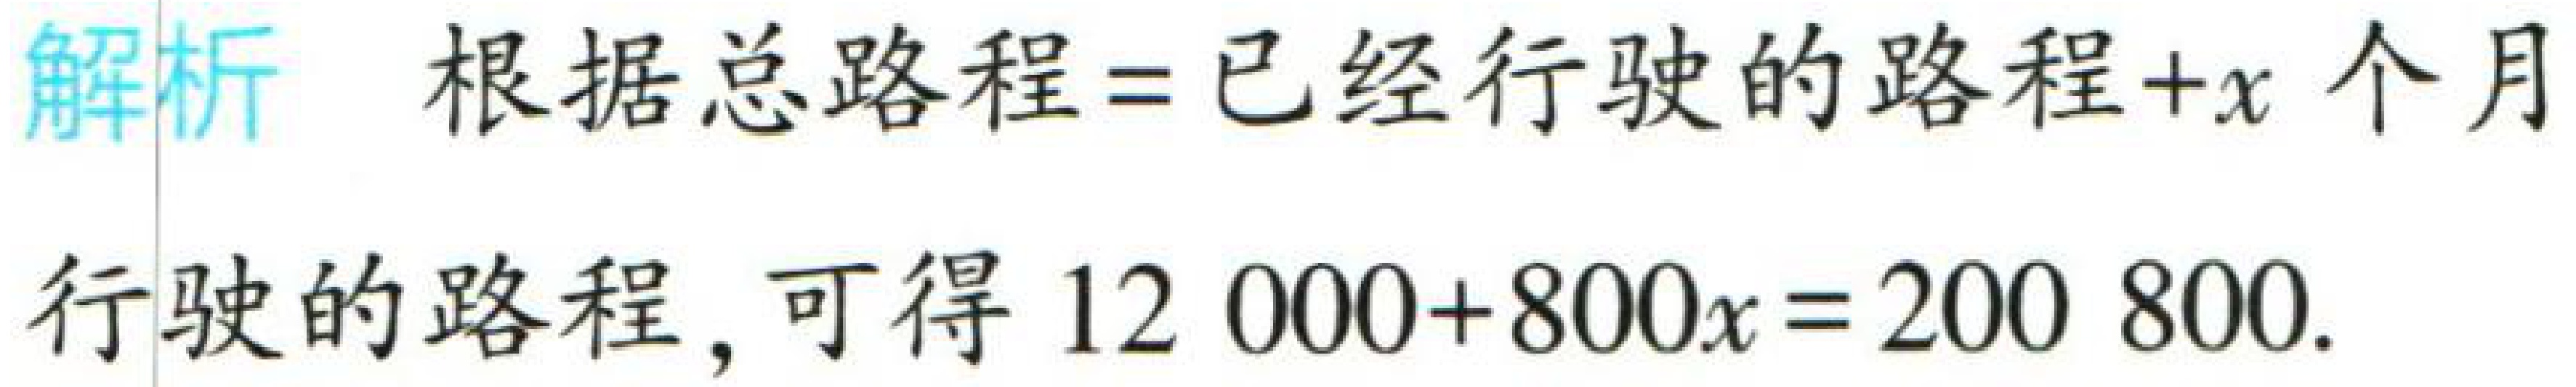
解析 根据总路程=已经行驶的路程+\(x\)个月

行驶的路程，可得 \(12000 + 800x = 200800\).